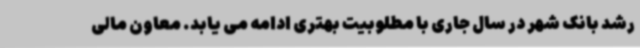
رشد بانک شهر در سال جاری با مطلوبیت بهتری ادامه می یابد. معاون مالی